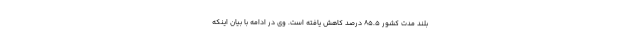
بلند مدت کشور ۸۵.۵ درصد کاهش یافته است. وی در ادامه با بیان اینکه